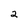
Character: 2